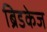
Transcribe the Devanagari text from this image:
ब्रिडकेज